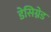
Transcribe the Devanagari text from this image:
डेसिग्नेड